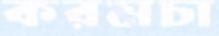
করমচা